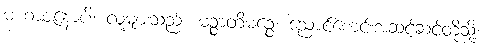
မဟာဇနောပိ၊ လူများသည်။ မဉ္စာတိမဉ္စေ၊ ညောင်စောင်းအဆင့်ဆင့်တို့သို့။